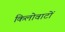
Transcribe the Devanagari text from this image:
किलोवाटों